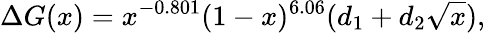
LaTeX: \Delta G(x)=x^{-0.801}(1-x)^{6.06}(d_{1}+d_{2}\sqrt{x}),